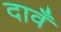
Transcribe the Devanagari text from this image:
दावँ